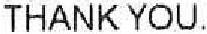
THANK YOU.